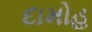
દામોહ